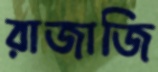
রাজাজি